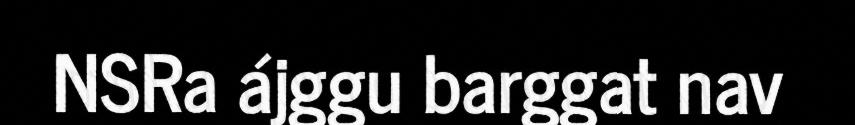
NSRa ájggu barggat nav